Civil Veterinary Dept. Bombay admin report 1932-41 - 1932-1941
Year: 1932
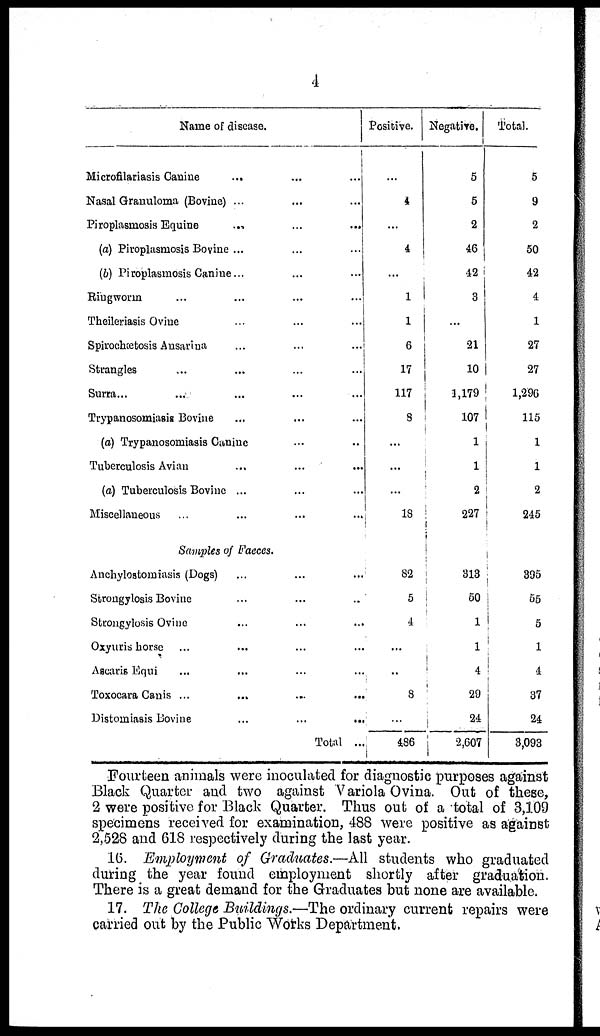
4
Name of disease.
Microfilariasis Canine
... ... ...
Nasal Granuloma (Bovine) ... ... ...
Piroplasmosis Equine
...
...
...
(a) Piroplasmosis Bovine ... ... ...
(b) Piroplasmosis Canine... ... ...
Ringworm ... ... ... ...
Theileriasis Ovine ... ... ...
Spirochætosis Ansarina ... ... ...
Strangles ... ... ... ...
Surra ... ... ... ...
Trypanosomiasis Bovine ... ... ...
(a) Trypanosomiasis Canine ... ...
Tuberculosis Avian ... ... ... ...
(a) Tuberculosis Bovine ... ... ...
Miscellaneous ... ... ... ...
Samples of Faeces.
Anchyloatomiasis (Dogs) ... ... ...
Strongylosis Bovine ... ... ..
Strongylosis Ovine ... ... ...
Oxyuris horse ... ... ... ...
Ascaris Equi ... ... ... ...
Toxocara Canis ... ... ... ...
Distomiasis Bovine
...
...
...
Total ...
Positive.
...
4
...
4
...
1
1
6
17
117
8
...
...
...
18
82
5
4
...
..
8
...
486
Negative.
5
5
2
46
42
3
...
21
10
1,179
107
1
1
2
227
313
60
1
1
4
29
24
2,607
Total.
5
9
2
50
42
4
1
27
27
1,296
115
1
1
2
245
395
55
5
1
4
37
24
3,093
Fourteen animals were inoculated for diagnostic purposes against
Black Quarter and two against Variola Ovina. Out of these,
2 were positive for Black Quarter. Thus out of a total of 3,109
specimens received for examination, 488 were positive as against
2,528 and 618 respectively during the last year.
16. Employment of Graduates.—All students who graduated
during the year found employment shortly after graduation.
There is a great demand for the Graduates but none are available.
17. The College Buildings.—The ordinary current repairs were
carried out by the Public Works Department.